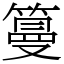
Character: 𥲑